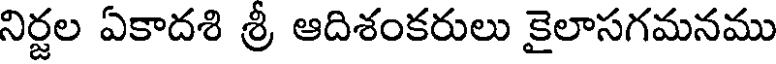
నిర్ణల ఏకాదశి శ్రీ ఆదిశంకరులు కైలాసగమనము